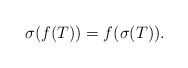
\begin{align*} \sigma(f(T))=f(\sigma(T)).\end{align*}